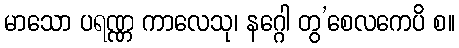
မာသော ပရဏ္ဏ ကာလေသု၊ နဂ္ဂေါ တွ’စေလကေပိ စ။